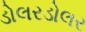
ડોલરડોલર